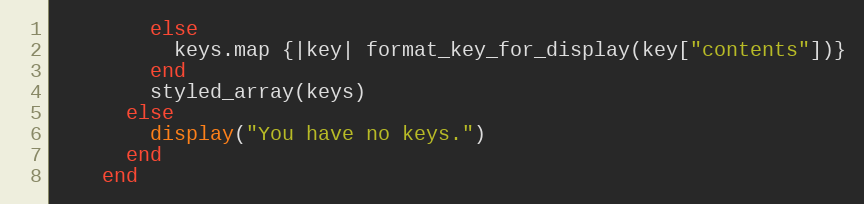
Language: Ruby
        else
          keys.map {|key| format_key_for_display(key["contents"])}
        end
        styled_array(keys)
      else
        display("You have no keys.")
      end
    end